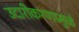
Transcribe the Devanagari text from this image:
उदारीकरणामुळे